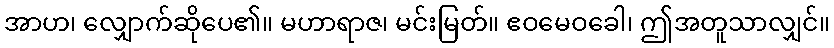
အာဟ၊ လျှောက်ဆိုပေ၏။ မဟာရာဇ၊ မင်းမြတ်။ ဧဝမေဝခေါ၊ ဤအတူသာလျှင်။